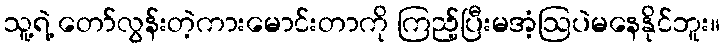
သူ့ရဲ့ တော်လွန်းတဲ့ကားမောင်းတာကို ကြည့်ပြီးမအံ့ဩပဲမနေနိုင်ဘူး။